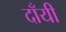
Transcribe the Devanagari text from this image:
दाँयी